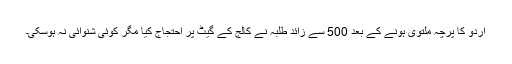
اردو کا پرچہ ملتوی ہونے کے بعد 500 سے زائد طلبہ نے کالج کے گیٹ پر احتجاج کیا مگر کوئی شنوائی نہ ہوسکی۔